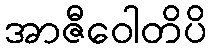
အာဇီဝေါတိပိ